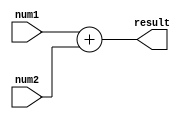
`timescale 1ns / 1ps

module Adder32Bit(
input [31:0]num1,
input [31:0]num2,
output reg [31:0]result
);
always @(*) begin
    result = num1 + num2;
    end
endmodule

module Subtractor32Bit(
input [31:0]num1,
input [31:0]num2,
output reg [31:0] result
);
always @(*) begin
    result = num1 - num2;
    end
endmodule

module Equal32Bit(
input [31:0]num,
output reg [31:0] result
);
always @(*) begin
    result = num;
    end
endmodule

module Down32Bit(
input [31:0]num,
output reg [31:0] result
);
always @ (*) begin
result = num - 1; 
end
endmodule

module Up32Bit(
input [31:0]num,
output reg [31:0] result
);
always @ (*) begin
result = num + 1; 
end
endmodule

module ALU1(input [31:0] A,B,input [2:0] opcode,input clk,output reg [31:0] ALU_Result);
   
   wire [31:0] AddResult;
   Adder32Bit Adder(.num1(A),.num2(B),.result(AddResult));
  
   wire [31:0] SubResult;
   Subtractor32Bit Suber(.num1(A),.num2(B),.result(SubResult)); 
  
   wire [31:0] EqFirst;
   Equal32Bit Equal1(.num(A),.result(EqFirst));
  
   wire [31:0] EqLast;
   Equal32Bit Equal2(.num(B),.result(EqLast));
  
   wire [31:0] DownFirst;
   Down32Bit Down1(.num(A),.result(DownFirst));
   
   wire [31:0] DownLast;
   Down32Bit Down2( .num(B),.result(DownLast));
   
   wire [31:0] UpFirst;
   Up32Bit Up1(.num(A),.result(UpFirst));
   
   wire [31:0] UpLast;
   Up32Bit Up2(.num(B),.result(UpLast));
   
    always @(*) begin
        case(opcode)
        3'b000: // Addition
           ALU_Result = AddResult ;
        3'b001:
            ALU_Result = SubResult ; 
        3'b010:
            ALU_Result = EqFirst ;
        3'b011:
            ALU_Result = EqLast ;
        3'b100:
            ALU_Result = DownFirst ;      
        3'b101:
            ALU_Result = DownLast ;   
         3'b110:
            ALU_Result = UpFirst ;
         3'b111:
            ALU_Result = UpLast ;  
        default: ALU_Result = 0 ; 
        endcase
    end

endmodule